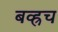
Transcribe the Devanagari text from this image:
बव्ह्रच